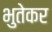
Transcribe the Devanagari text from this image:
भुतेकर